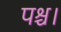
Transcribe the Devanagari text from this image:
पश्च।